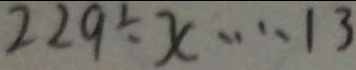
2 2 9 \div x \cdots 1 3